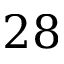
2 8